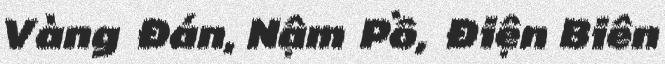
Vàng Đán, Nậm Pồ, Điện Biên